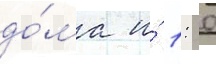
до́ма и́ 1: 0